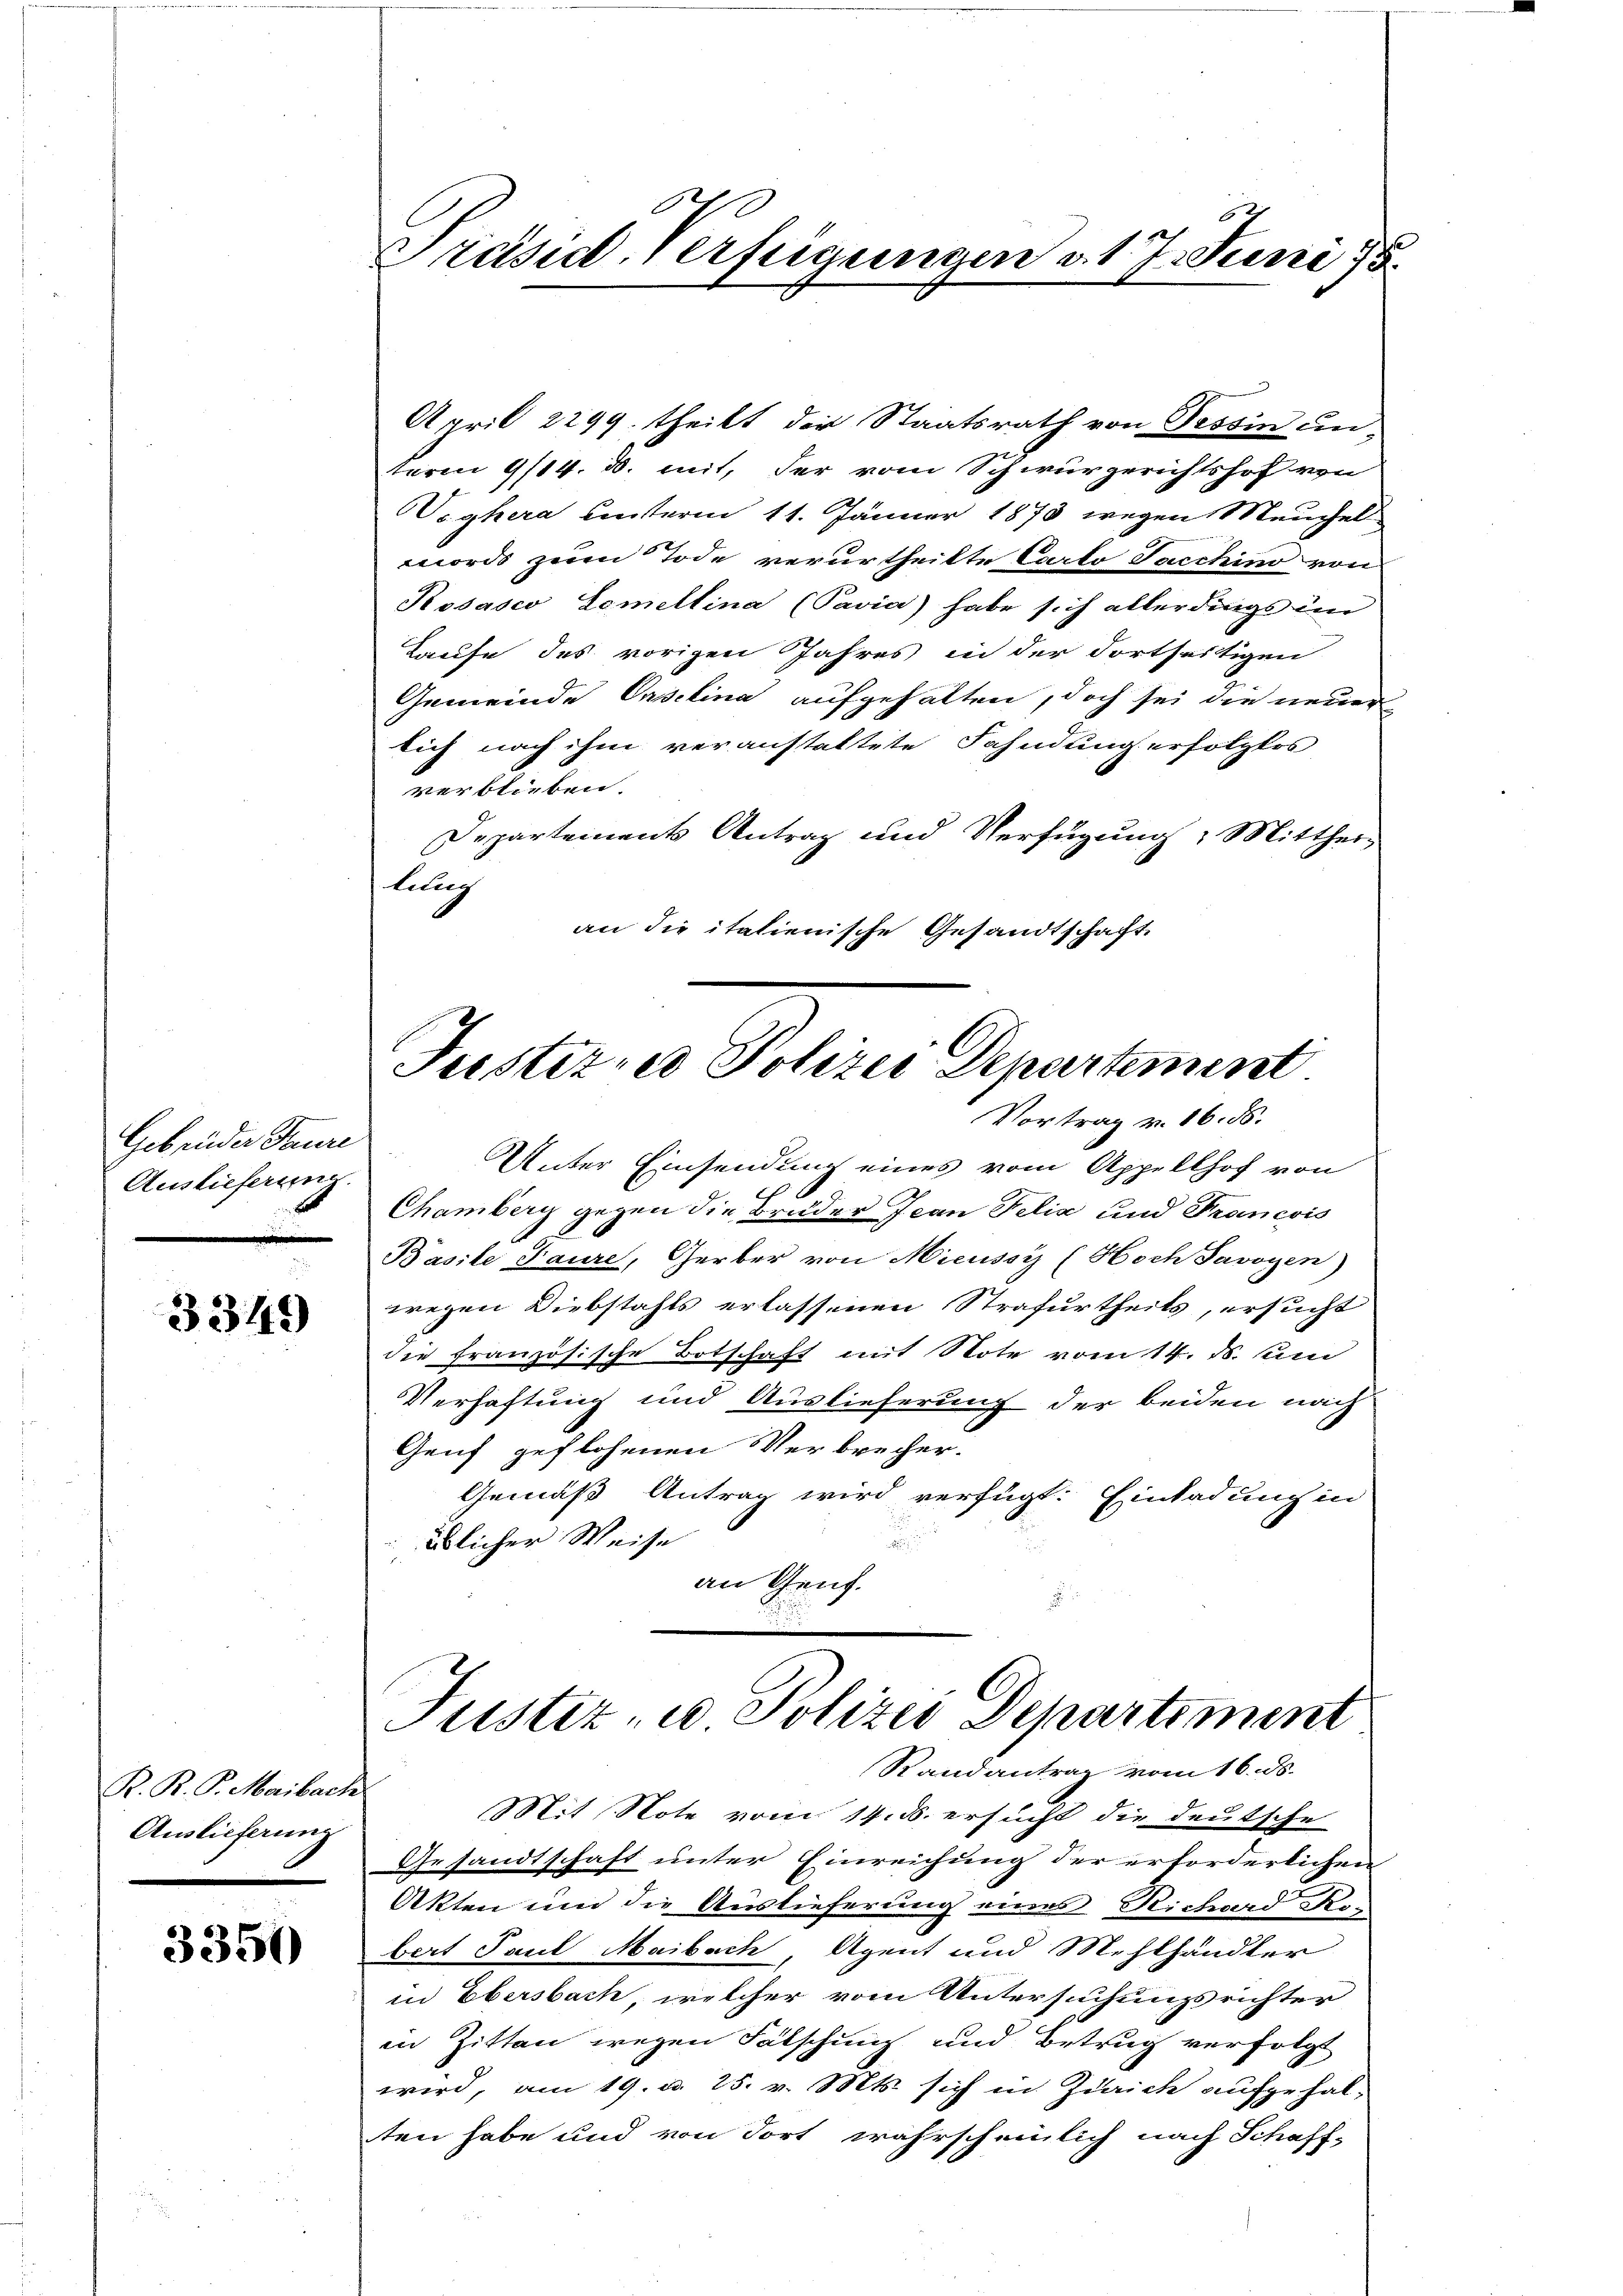
Gebrüder Taure
Auslieferung.

3349

R. R. P. Maibach
Auslieferung

3350

Präside verfügungen d. 17. Juni 15.

term 9/14. d. mit, der vom Schwurgerichtshof von
Veghera unterm 11. Jänner 1873 wegen Meuchel
morde zum Tode verurtheilte Carto Jacchino von
Kosasco Semeltina (Pavia) habe sich allerdings im
Taufe des vorigen Jahres in der Fortseitigen
Gemeinde Oeselina aufgehalten, doch sei die neuer
lich nach ihm veranstattete Fahndung erfolglos
verblieben.
Departements Antrag und Verfügung: Mittheilung
an die italienische Gesandtschaft

April 2299. theilt der Staatsrath von Tessin un

Unter Einsendung eines vom Appellhof von
Chamberg gegen die Bruder Jean Felix und Francois
Basile Taure, Gerber von Mieussy (Hoch Savoyen)
wegen Diebstahls erlassenen Strafurtheils, ersucht
die französische Botschaft mit Note vom 14. ds. um
Verhaftung und Auslieferung der beiden nach
Genf geflohenen Verbrecher.
Gemäß Antrag wird verfügt: Einladung in
ülicher Weise
an Genf.

Justizier Polizei Departement
Vortrag v. 16. ds.

Justiz- u Polizei Departement
Randantrag vom 16. ds.

Mit Note vom 14. ds. ersucht die deutsche
Gesandtschaft unter Einreichung der erforderlichen
Akten und die Auslieferung eines Richard Kobert Paul Maibach, Agent und Mehlhändler
in Obersbach, welcher vom Untersuchungsrichter
in Zitten wegen Falschung und Betrug verfolgt
wird, am 19. d. 25. v. Mts. sich in Zürich aufgehalten habe und von dort wahrscheinlich nach Schaff-